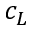
c _ { L }